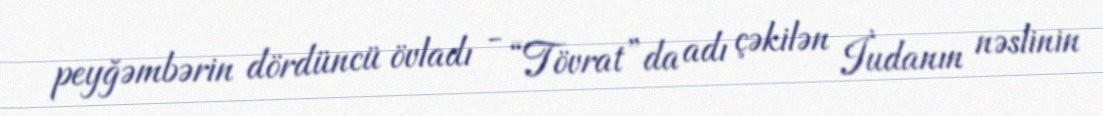
peyğəmbərin dördüncü övladı - “Tövrat”da adı çəkilən İudanın nəslinin